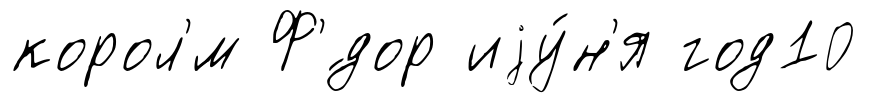
корол'́м Ф'́дор иjу́н'я год10